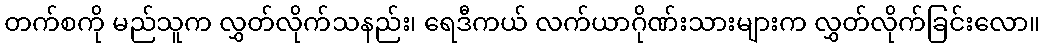
တက်စကို မည်သူက လွှတ်လိုက်သနည်း၊ ရေဒီကယ် လက်ယာဂိုဏ်းသားများက လွှတ်လိုက်ခြင်းလော။